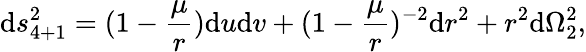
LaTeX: \mathrm{d}s_{4+1}^{2}=(1-{\frac{{\mu}}{{r}}})\mathrm{d}u\mathrm{d}v+(1-{\frac{{\mu}}{{r}}})^{-2}\mathrm{d}r^{2}+r^{2}\mathrm{d}\Omega_{2}^{2},